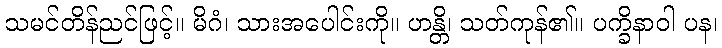
သမင်တိန်ညင်ဖြင့်။ မိဂံ၊ သားအပေါင်းကို။ ဟန္တိ၊ သတ်ကုန်၏။ ပက္ခိနာဝါ ပန၊